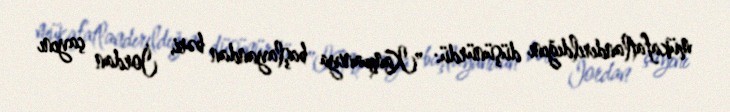
mükafatlandırıldığını düşünürdü: "Kampaniya başlayandan bəri, İordan çayını